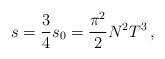
\begin{align*} s = \frac34 s_0 = \frac{\pi^2}2 N^2 T^3\,,\end{align*}